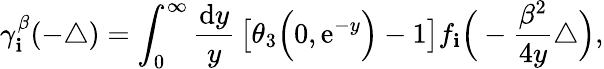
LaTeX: \gamma_{\mathbf{i}}^{\beta}(-\triangle)=\int_{0}^{\infty}{\frac{{{\mathrm{{d}}}y}}{{y}}}\left[\theta_{3}\Big(0,{\mathrm{{e}}}^{-y}\Big)-1\right]f_{\mathbf{i}}\Big(-\frac{{\beta^{2}}}{{4y}}\triangle\Big),